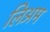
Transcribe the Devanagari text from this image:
लिअम